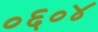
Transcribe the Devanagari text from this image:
०६०४